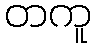
တကူ